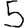
Digit: 5